Vana-Antsla_vallavalitsus, lk 13
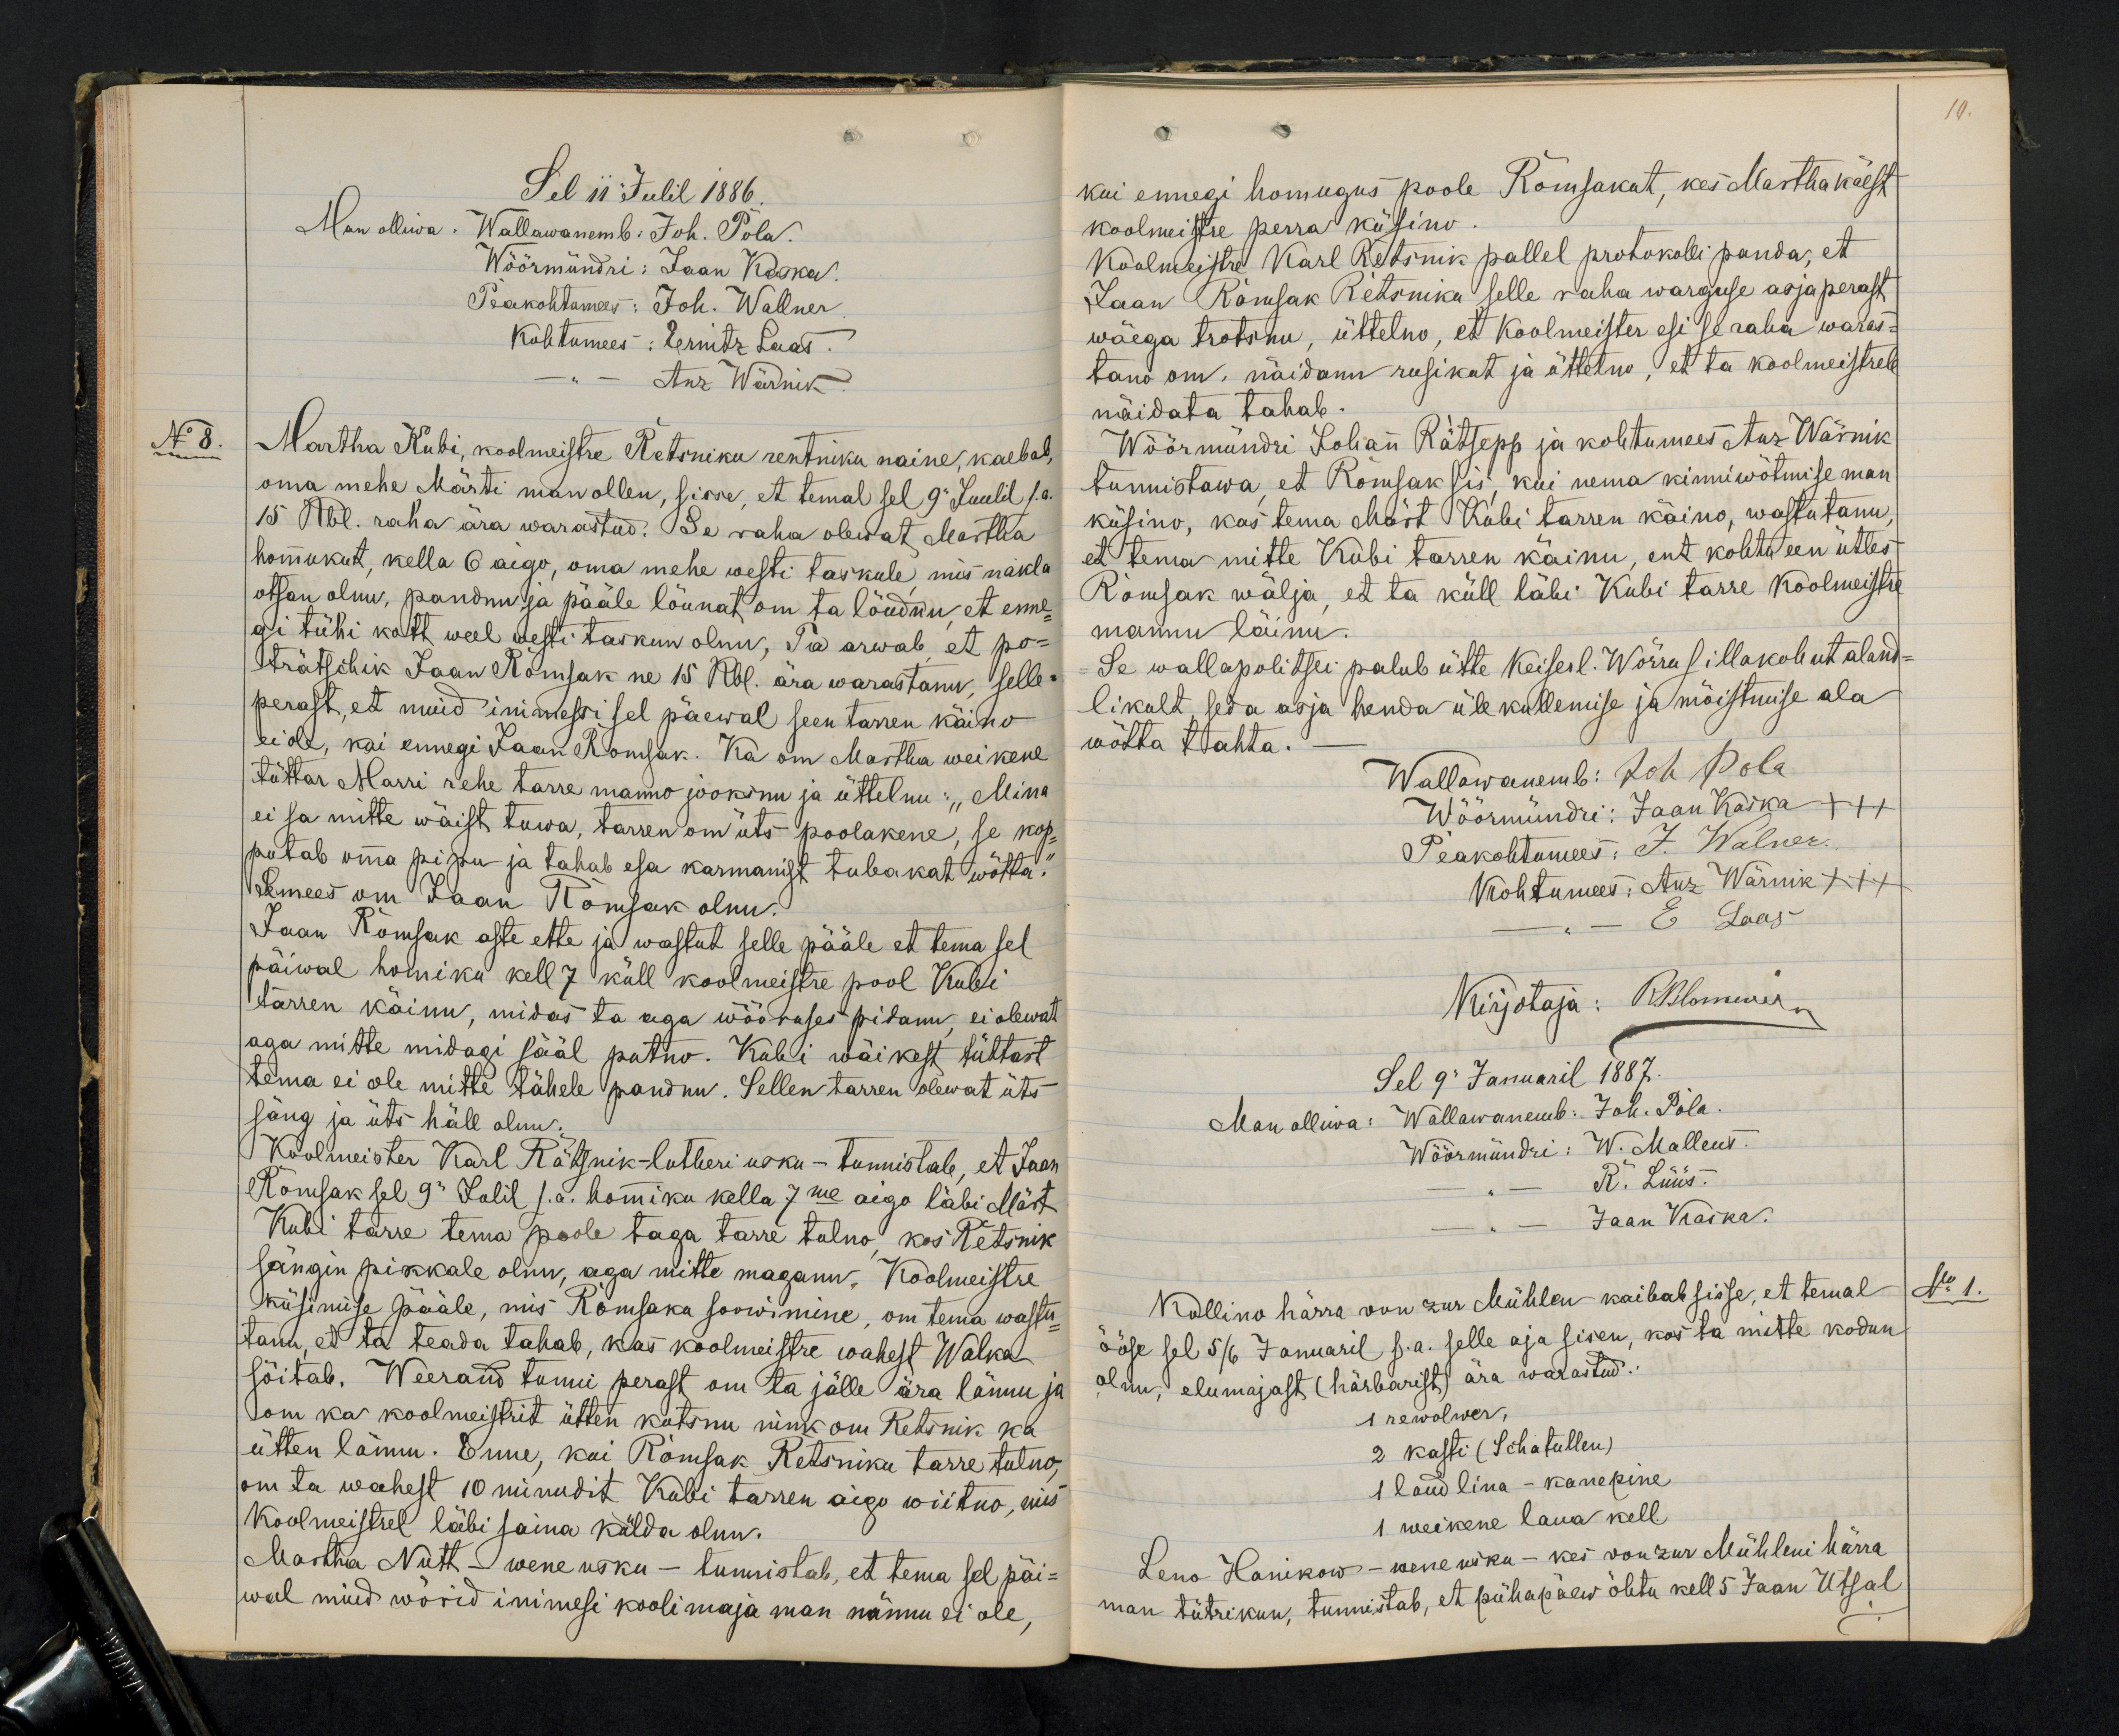
10.

Sel 11 Julil 1886.
Man olliwa: Wallawanemb: Joh. Pola.
Wöörmündri: Jaan Kaska.
Peakohtumees: Joh. Wallner
Kohtumees: Ernitz Laas.
Anz Wärnik
No 8
Martha Kubi, koolmeistre Retsniku rentniku naine, kaebab
oma mehe Märti man ollen, sisse, et temal sel 9 Juulil s.a.
15 Rbl. raha ära warastud. Se raha olewat Martha
hommukut, kella 6 aigo, oma mehe westi taskule mis nakla
otsan olnu, pandnu ja pääle lõunat om ta löudnu, et enne-
gi tühi kott weel westi taskus olnu, Ta arwab, et po-
trätschik Jaan Romsak ne 15 Rbl. ära warastanu, selle-
perast, et muid inimessi sel päewal seen tarren käino
ei ole, kui ennegi Jaan Romsak. Ka om Martha weikene
tüttar Marri rehe tarre manno jooksnu ja üttelnu: "Mina
ei sa mitte wäist tuwa, tarren om üts poolakene, se kop-
putab omma pipu ja tahab esa karmanist tubakat wõtta."
Semees om Jaan Romsak olnu.
Jaan Rõmsak aste ette ja wastut selle pääle et tema sel
päiwal homiku kell 7 küll koolmeistre pool Kubi
tarren käinu, midas ta aga wõõruses pidanu, ei olewat
aga mitte midagi sääl putno. Kubi wäikest tüttart
tema ei ole mitte tähele pandnu. Sellen tarren olewat üts
säng ja üts häll olnu.
Koolmeister Karl Rätsnik - lutheri usku - tunnistab, et Jaan
Rõmsak sel 9 Julil s.a. hommiku kella 7me aega läbi Märt
Kubi tarre tema poole taga tarre tulno, kes Retsnik
sängin pikkale olnu, aga mitte maganu. Koolmeistre
küsimise pääle, mis Romsaku soowimine, om tema wastu-
tanu, et ta teada tahab, kas koolmeistre wahest Walka
sõitab. Weerand tunni perast om ta jälle ära lännu ja
om ka koolmeistrit ütten kutsnu nink om Retsnik ka
ütten lännu. Enne, kui Romsak Retsniku tarre tulno,
om ta wahest 10 minudit Kubi tarren aigo wiitno, mis
koolmeistrel läbi saima külda olnud.
Martha Nutt - wene usku - tunnistab, et tema sel päi-
wal muid wõrid inimesi koolimaja man nännu ei ole,

kui ennegi homugus poole Romsakut, kes Martha käest
koolmeistse perra küsino
Koolmeistre Karl Retsnik pallel protokolli panda, et
Jaan Rämsak Retsniku selle raha warguse asja perast
wäega trotsnu, üttelno, et Koolmeister esi se raha waras-
tano om näidanu rusikat ja üttelno, et ta koolmeistrele
näidata tahab.
Wöörmündri Johan Rätsepp ja kohtumees Anz Wärnik
tunnistawa, et Romsak sis, kui nema kinniwõtmise man
küsino, kas tema Märt Kubi tarren käino, wastutanu,
et tema mitte Kubi tarren käinu, ent kohtu een ütles
Romsak wälja, et ta küll läbi Kubi tarre koolmeistri
mannu läinu.
Se wallapolitsei palub ütte Keiserl. Wõrru sillakohut aland-
likult, seda asja henda üle kullemise ja mõistmise ala
wõtta tahta.
Wallawanemb: Joh Pola
Wöörmündri: Jaan Kaska +++
Peakohtumees: J. Walner.
Kohtumees: Anz Wärnik +++
E Laas
Kirjotaja: Rblommer
Sel 9 Januaril 1887.
Man olliwa: Wallawanemb. Joh. Pola.
Wöörmündri: W. Malleus.
R. Lüüs.
Jaan Waska.
Kollino härra von zur Mühlen kaibab sisse, et temal
No 1.
ööse sel 5/6 Januaril s.a. selle aja sisen, kos ta mitte kodun
olnu, elumajast (härbarist) ära warastud.
1 rewolwer,
2 kasti (Schatullen)
1 laud lina - kanepine
1 weikene laua kell.
Leno Hanikow - wene usku - kes von zur Mühleni härra
man tütrikun, tunnistab, et pühapäew õhtu kell 5 Jaan Utsal